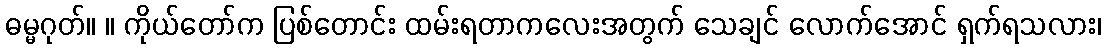
ဓမ္မဂုတ်။ ။ ကိုယ်တော်က ပြစ်တောင်း ထမ်းရတာကလေးအတွက် သေချင် လောက်အောင် ရှက်ရသလား၊